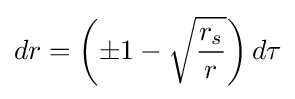
dr=\left(\pm 1-{\sqrt {r_{s} \over r}}\right)d\tau